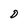
Character: D